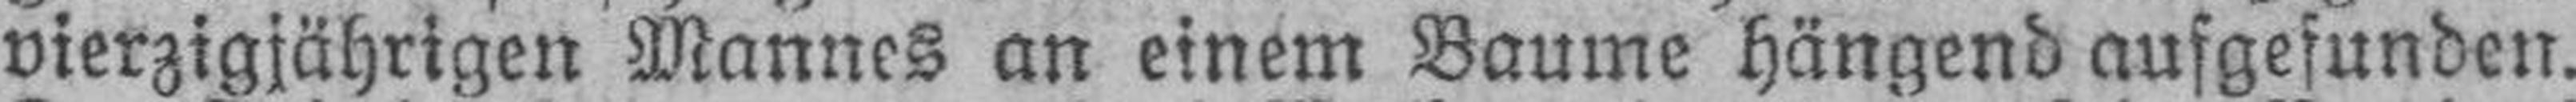
vierzigjährigen Mannes an einem Baume hängend aufgesunden.